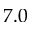
7 . 0